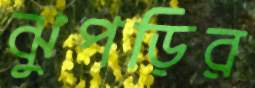
ঝুপড়ির